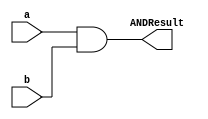
`timescale 1ns / 1ps
//////////////////////////////////////////////////////////////////////////////////
// Company: 
// Engineer: 
// 
// Design Name: 
// Module Name: ANDGate
// Project Name: 
// Target Devices: 
// Tool Versions: 
// Description: 
// 
// Dependencies: 
// 
// Revision:
// Revision 0.01 - File Created
// Additional Comments:
// 
//////////////////////////////////////////////////////////////////////////////////


module ANDGate
(
    input a,
    input b,
    output ANDResult
);
    assign ANDResult = a & b;
endmodule